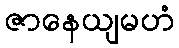
ဇာနေယျမဟံ